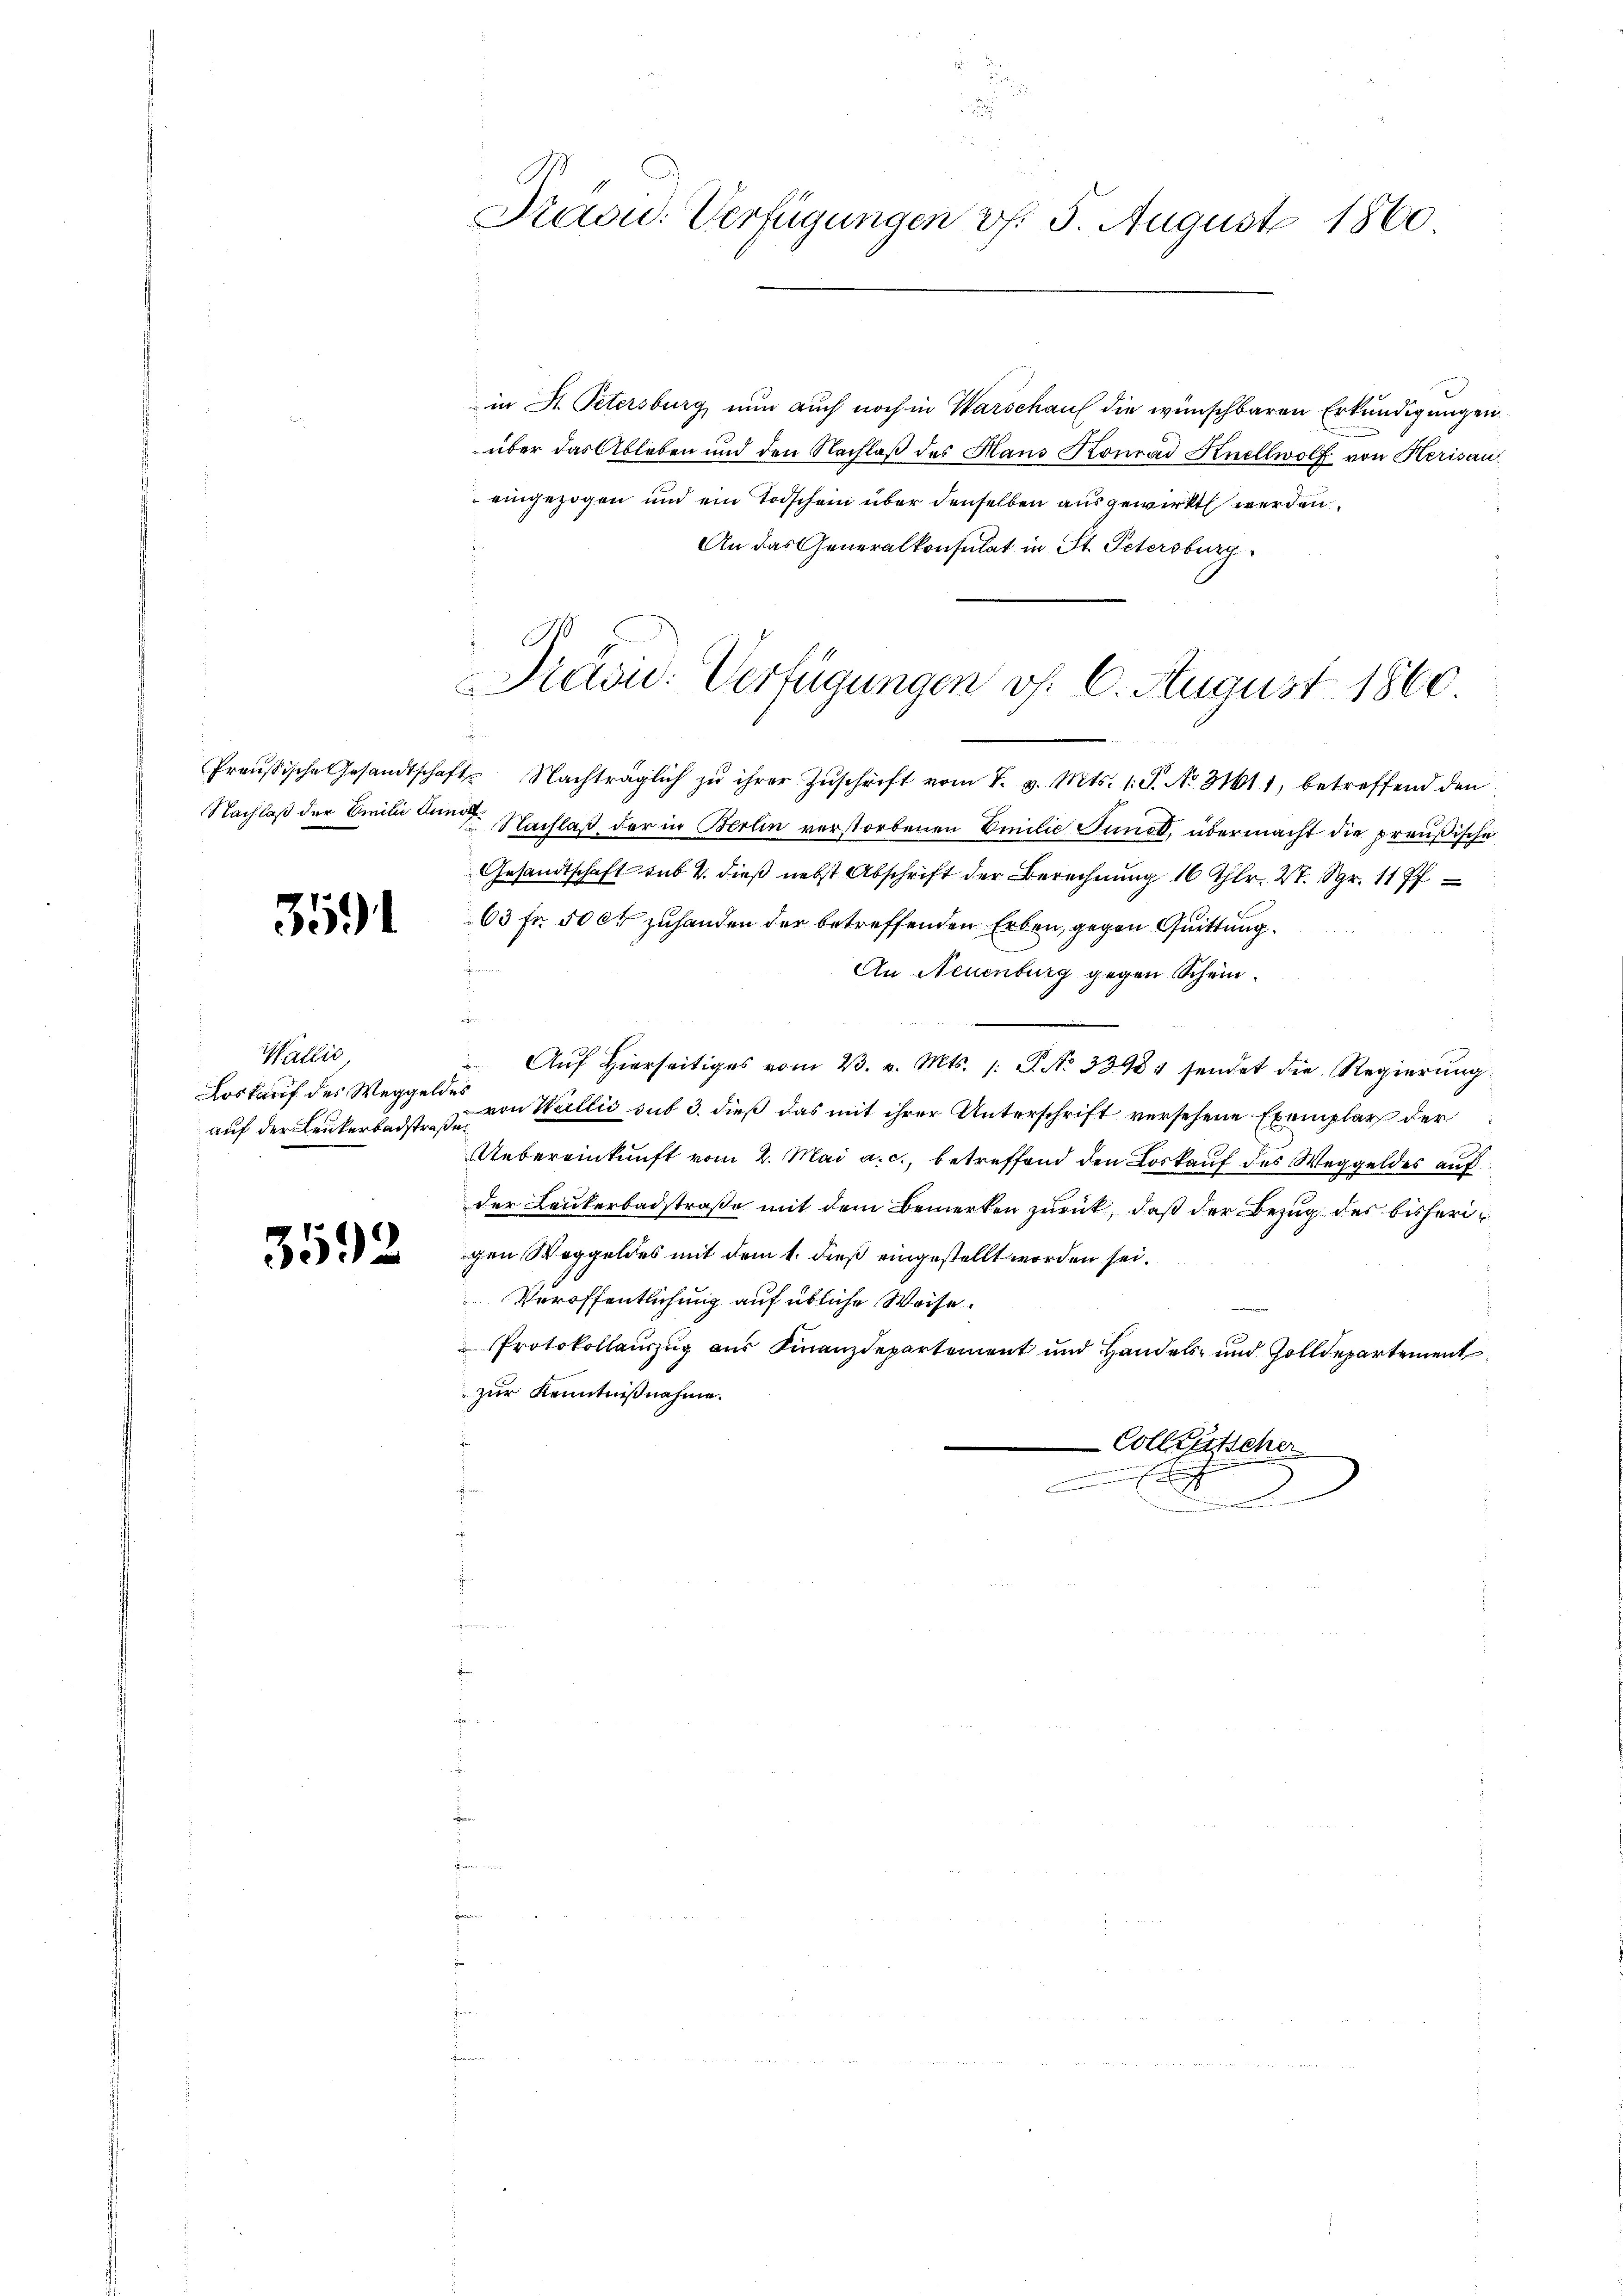
3591

Wallić,
Loskauf des Weggeldes

3592

in St. Petersburg nun auch noch in Warschauf die wünschbaren Erkundigungen
über das Ableben und den Nachlaß des Hans Konrad Knellwolf von Kerisau
eingezogen und ein Todschein über denselben ausgewirkt werden.
An das Generalkonsulat in St. Petersburg.
1

Paou. Verfügungen v. 5. August 1860

Preisi: Verfügungen v. 6. August 1860

Preußische Gesandtschaft Nachträglich zŭ ihrer Zŭschrift vom 7. v. Mts. 1. P. No. 31611, betreffend den
Nachlaß der Emilie dem Nachlaß der in Berlin verstorbenen Emilie Juno, übermacht die preußische
Gesandtschaft sub 4. dieß nebst Abschrift der Berechnung 16 Thlr. 4. Spr. 1177
63 fr. 50 ct zuhanden der betreffenden Erben, gegen Quittung
An Neuenburg gegen Schein¬
4
 Aŭf Hierseitiges vom 23. v. Mts. s. S. No 33981 sendet die Regierŭng
auf der Leukerbacht zu von Wallis sub 3. dieß das mit ihrer Unterschrift versehene Exemplars der
Uebereinkunft vom 2. Mai a. c., betreffend den Loskauf des Weggeldes auf
der Leukerbadstraße mit dem Bemerken zurück, daß der Bezug des bisherigen Weggeldes mit dem 1. dieß eingestellt worden sei.
Veröffentlichung auf übliche Weise.
Protokollaŭszŭg aŭs Finanzdepartement und Handels- und Zolldepartement
zur Kenntnißnahme.
Collentscher

.